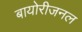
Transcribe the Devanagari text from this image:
बायोरीजनल